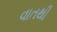
વાતથી